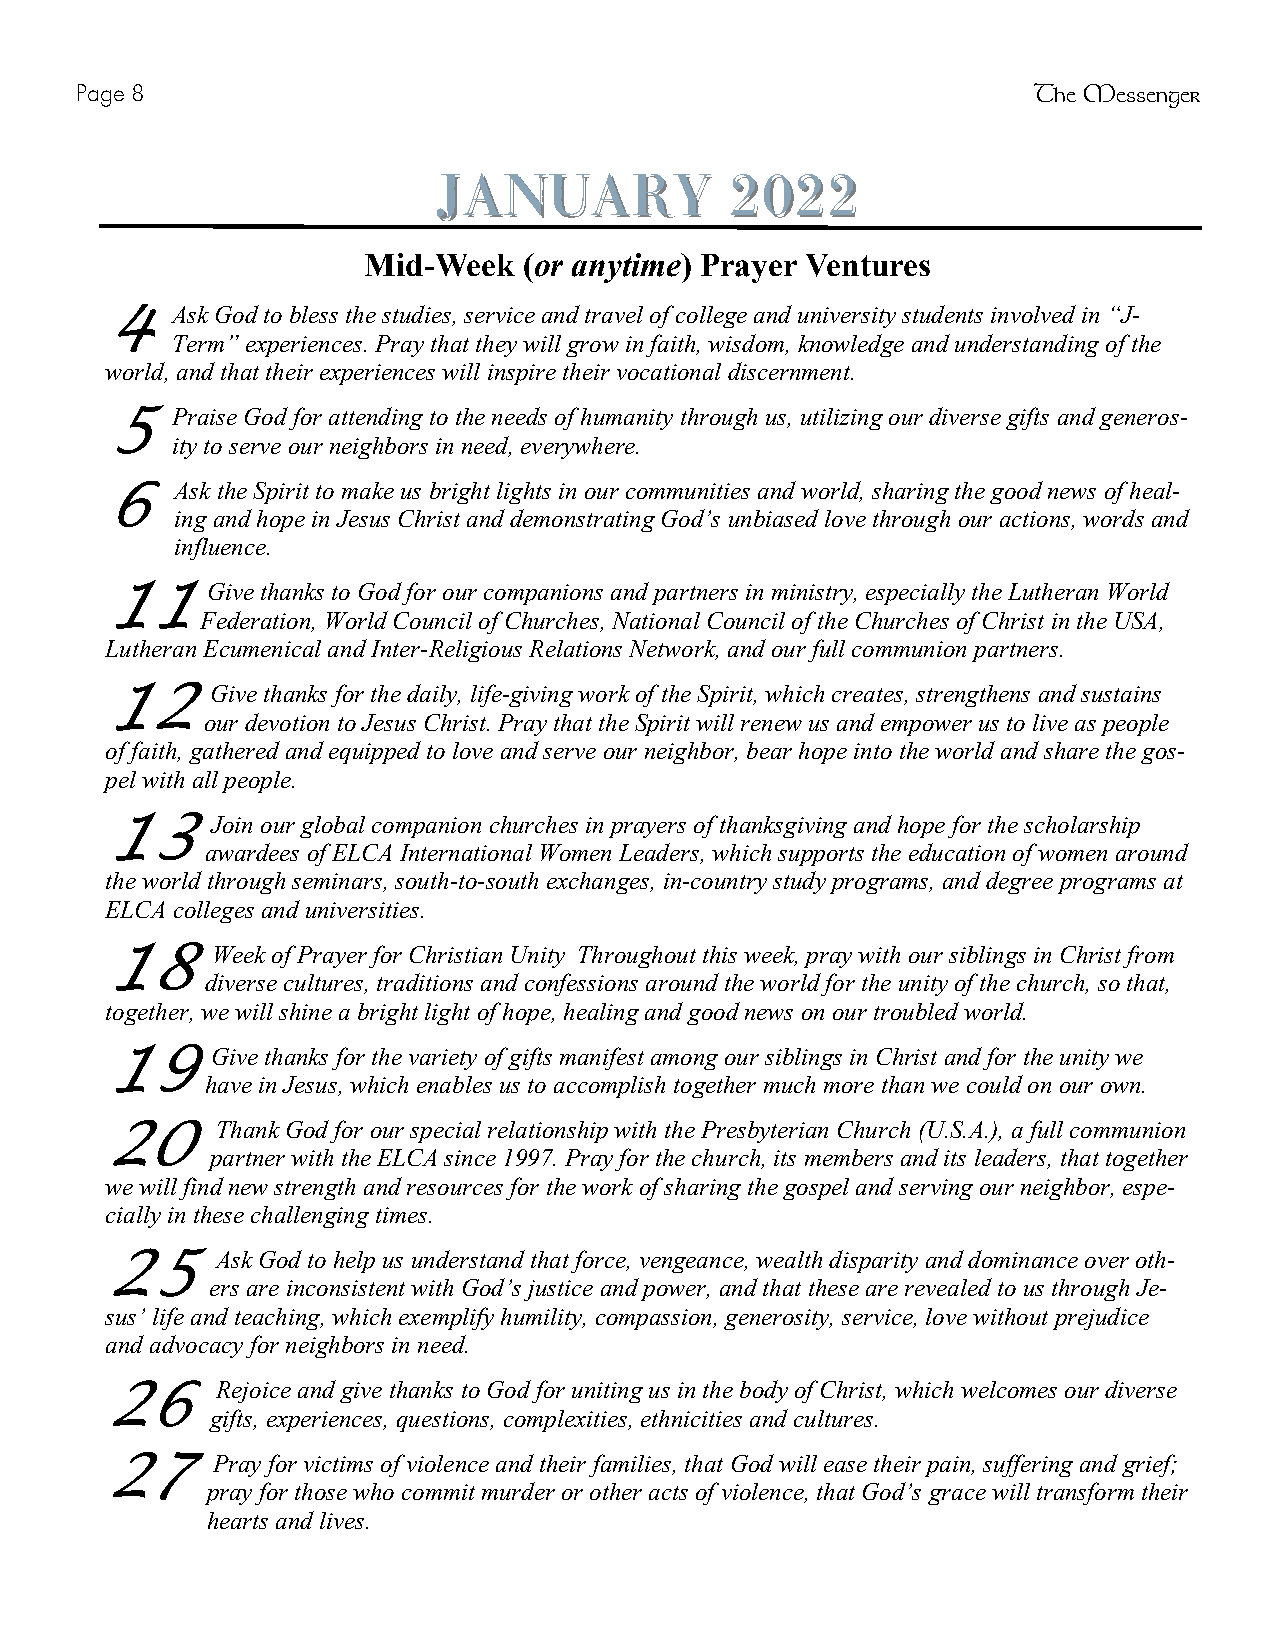
Page 8                                                         The Messenger
 JJaannuuaarryy     22002222
 Mid-Week   (or anytime) Prayer Ventures
 4   Ask God to bless the studies, service and travel of college and university students involved in “J-
 Term” experiences. Pray that they will grow in faith, wisdom, knowledge and understanding of the
 world, and that their experiences will inspire their vocational discernment.
 5   Praise God for attending to the needs of humanity through us, utilizing our diverse gifts and generos-
 ity to serve our neighbors in need, everywhere.
 6    Ask the Spirit to make us bright lights in our communities and world, sharing the good news of heal-
 ing and hope in Jesus Christ and demonstrating God’s unbiased love through our actions, words and
 influence.
 11     Give thanks to God for our companions and partners in ministry, especially the Lutheran World
 Federation, World Council of Churches, National Council of the Churches of Christ in the USA,
 Lutheran Ecumenical and Inter-Religious Relations Network, and our full communion partners.
 12     Give thanks for the daily, life-giving work of the Spirit, which creates, strengthens and sustains
 our devotion to Jesus Christ. Pray that the Spirit will renew us and empower us to live as people
 of faith, gathered and equipped to love and serve our neighbor, bear hope into the world and share the gos-
 pel with all people.
 13     Join our global companion churches in prayers of thanksgiving and hope for the scholarship
 awardees of ELCA International Women Leaders, which supports the education of women around
 the world through seminars, south-to-south exchanges, in-country study programs, and degree programs at
 ELCA colleges and universities.
 18     Week of Prayer for Christian Unity Throughout this week, pray with our siblings in Christ from
 diverse cultures, traditions and confessions around the world for the unity of the church, so that,
 together, we will shine a bright light of hope, healing and good news on our troubled world.
 19     Give thanks for the variety of gifts manifest among our siblings in Christ and for the unity we
 have in Jesus, which enables us to accomplish together much more than we could on our own.
 20     Thank God for our special relationship with the Presbyterian Church (U.S.A.), a full communion
 partner with the ELCA since 1997. Pray for the church, its members and its leaders, that together
 we will find new strength and resources for the work of sharing the gospel and serving our neighbor, espe-
 cially in these challenging times.
 25     Ask God to help us understand that force, vengeance, wealth disparity and dominance over oth-
 ers are inconsistent with God’s justice and power, and that these are revealed to us through Je-
 sus’ life and teaching, which exemplify humility, compassion, generosity, service, love without prejudice
 and advocacy for neighbors in need.
 26     Rejoice and give thanks to God for uniting us in the body of Christ, which welcomes our diverse
 gifts, experiences, questions, complexities, ethnicities and cultures.
 27     Pray for victims of violence and their families, that God will ease their pain, suffering and grief;
 pray for those who commit murder or other acts of violence, that God’s grace will transform their
 hearts and lives.